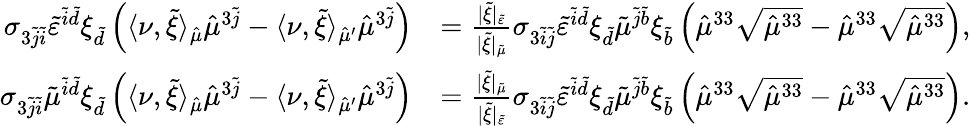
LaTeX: \begin{array}{rl}{\sigma_{3\tilde{j}\tilde{i}}\tilde{\varepsilon}^{\tilde{i}\tilde{d}}\xi_{\tilde{d}}\left(\langle\nu,\tilde{\xi}\rangle_{\hat{\mu}}\hat{\mu}^{3\tilde{j}}-\langle\nu,\tilde{\xi}\rangle_{\hat{\mu}^{\prime}}\hat{\mu}^{3\tilde{j}}\right)}&{=\frac{\lvert\tilde{\xi}\rvert_{\tilde{\varepsilon}}}{\lvert\tilde{\xi}\rvert_{\tilde{\mu}}}\sigma_{3\tilde{i}\tilde{j}}\tilde{\varepsilon}^{\tilde{i}\tilde{d}}\xi_{\tilde{d}}\tilde{\mu}^{\tilde{j}\tilde{b}}\xi_{\tilde{b}}\left(\hat{\mu}^{33}\sqrt{\hat{\mu}^{33}}-\hat{\mu}^{33}\sqrt{\hat{\mu}^{33}}\right),}\\ {\sigma_{3\tilde{j}\tilde{i}}\tilde{\mu}^{\tilde{i}\tilde{d}}\xi_{\tilde{d}}\left(\langle\nu,\tilde{\xi}\rangle_{\hat{\mu}}\hat{\mu}^{3\tilde{j}}-\langle\nu,\tilde{\xi}\rangle_{\hat{\mu}^{\prime}}\hat{\mu}^{3\tilde{j}}\right)}&{=\frac{\lvert\tilde{\xi}\rvert_{\tilde{\mu}}}{\lvert\tilde{\xi}\rvert_{\tilde{\varepsilon}}}\sigma_{3\tilde{i}\tilde{j}}\tilde{\varepsilon}^{\tilde{i}\tilde{d}}\xi_{\tilde{d}}\tilde{\mu}^{\tilde{j}\tilde{b}}\xi_{\tilde{b}}\left(\hat{\mu}^{33}\sqrt{\hat{\mu}^{33}}-\hat{\mu}^{33}\sqrt{\hat{\mu}^{33}}\right).}\end{array}